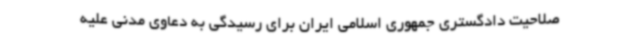
صلاحیت دادگستری جمهوری اسلامی ایران برای رسیدگی به دعاوی مدنی علیه